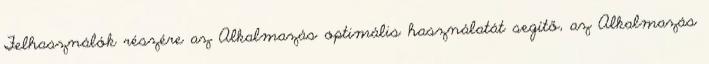
Felhasználók részére az Alkalmazás optimális használatát segítő, az Alkalmazás